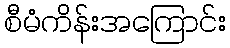
စီမံကိန်းအကြောင်း